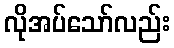
လိုအပ်သော်လည်း